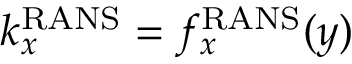
k _ { x } ^ { \mathrm { R A N S } } = f _ { x } ^ { \mathrm { R A N S } } ( y )